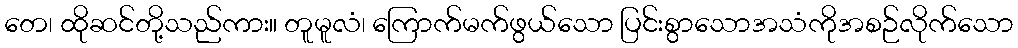
တေ၊ ထိုဆင်တို့သည်ကား။ တူမူလံ၊ ကြောက်မက်ဖွယ်သော ပြင်းစွာသောအသံကိုအစဉ်လိုက်သော